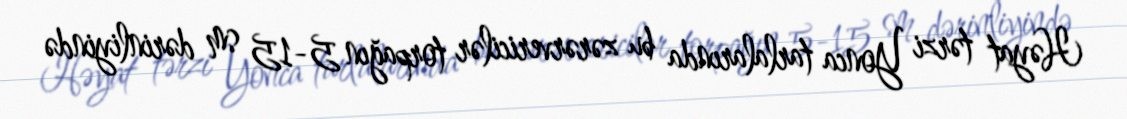
Həyat tərzi Yonca tarlalarında bu zərərvericilər torpağın 5-15 sm dərinliyində